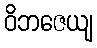
ဝိဘဇေယျ